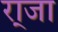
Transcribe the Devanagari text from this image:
रा्जा